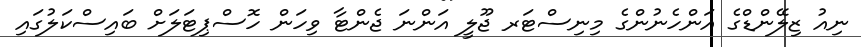
ނިއު ޒިލޭންޑްގެ އަންހެނުންގެ މިނިސްޓަރ ޖޫލީ އަންނަ ޖެންޓާ ވިހަން ހޮސްޕިޓަލަަށް ބައިސްކަލުގައި